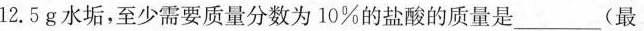
12.5g水垢，至少需要质量分数为10%的盐酸的质量是___(最